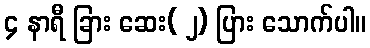
၄ နာရီ ခြား ဆေး( ၂) ပြား သောက်ပါ။